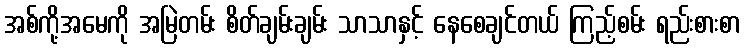
အစ်ကို့အမေကို အမြဲတမ်း စိတ်ချမ်းချမ်း သာသာနှင့် နေစေချင်တယ် ကြည့်စမ်း ရည်းစားစာ